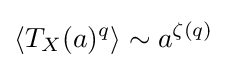
\langle T_{X}(a)^{q}\rangle \sim a^{\zeta (q)}\